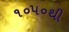
૧૦૫૦થી